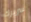
سريرك